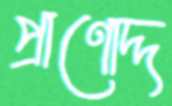
প্রাণোদ্দ